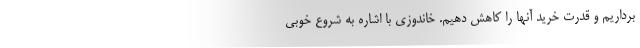
برداریم و قدرت خرید آنها را کاهش دهیم. خاندوزی با اشاره به شروع خوبی